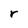
Character: r